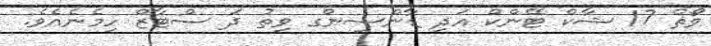
ވޯޡް 17 ޝާކް ޓޭންކް އަދި ޑާންސިންގ ވިތު ދަ ސްޓާޒް ހިމެނެއެވެ.